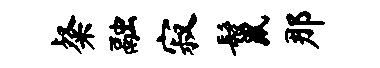
粲融寂鬣那